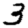
Digit: 3